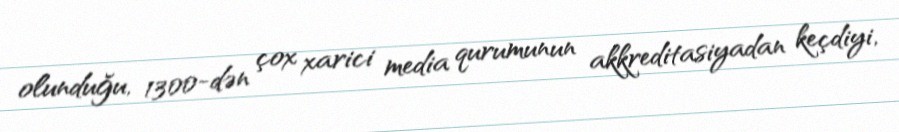
olunduğu, 1300-dən çox xarici media qurumunun akkreditasiyadan keçdiyi,